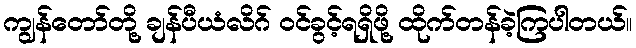
ကျွန်တော်တို့ ချန်ပီယံလိဂ် ဝင်ခွင့်ရရှိဖို့ ထိုက်တန်ခဲ့ကြပါတယ်။